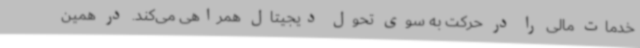
خدمات مالی را در حرکت به سوی تحول دیجیتال همراهی می‌کند. در همین